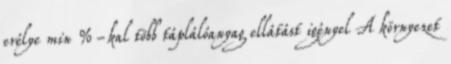
erélye min %-kal több táplálóanyag ellátást igényel A környezet